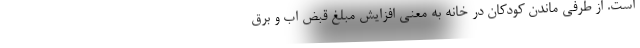
است. از طرفی ماندن کودکان در خانه به معنی افزایش مبلغ قبض اب و برق